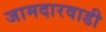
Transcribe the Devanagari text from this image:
जामदारवाडी